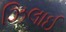
ઝિલાઈ